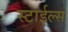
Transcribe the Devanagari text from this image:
स्टाईल्स